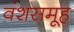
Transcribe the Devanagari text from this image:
वंशसमूह